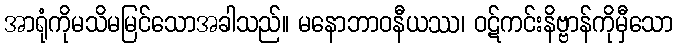
အာရုံကိုမသိမမြင်သောအခါသည်။ မနောဘာဝနီယဿ၊ ဝဋ်ကင်းနိဗ္ဗာန်ကိုမှီသော